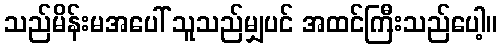
သည်မိန်းမအပေါ် သူသည်မျှပင် အထင်ကြီးသည်ပေါ့။